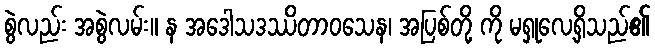
စွဲလည်း အစွဲလမ်း။ န အဒေါသဒဿိတာဝသေန၊ အပြစ်တို့ ကို မရှုလေ့ရှိသည်၏